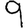
Digit: 9